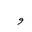
Letter: _waw